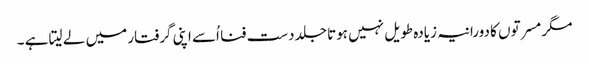
مگر مسرتوں کا دورانیہ زیادہ طویل نہیں ہوتا جلد دست فنا اُسے اپنی گرفتار میں لے لیتا ہے ۔